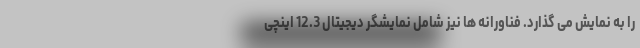
را به نمایش می گذارد. فناورانه ها نیز شامل نمایشگر دیجیتال 12.3 اینچی